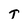
Character: t